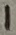
Text: 1